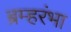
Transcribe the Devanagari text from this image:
ब्रम्हरंभा